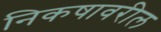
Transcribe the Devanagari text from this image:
निकषावरील